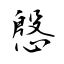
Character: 慇